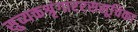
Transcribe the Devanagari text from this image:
सुव्यक्तश्रृंगाररससूचिका